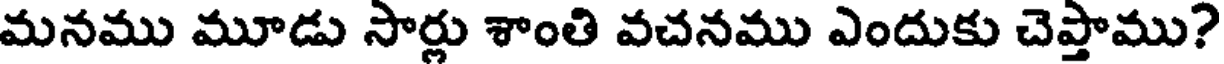
మనము మూడు సార్లు శాంతి వచనము ఎందుకు చెప్తాము?